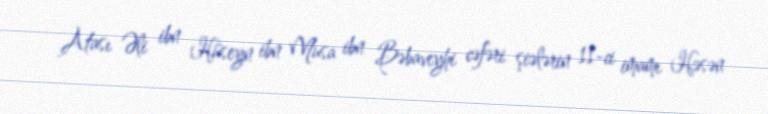
Atası Əli ibn Hüseyn ibn Musa ibn Bəbaveyhi cəfəri şiələrin 11-ci imamı Həsən